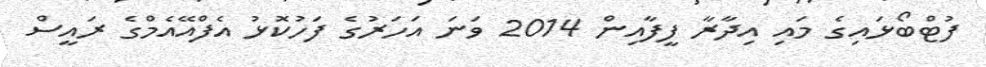
ފުޓްބޯޅައިގެ މައި އިދާރާ ފީފާއިން 2014 ވަނަ އަހަރުގެ ފަހުކޮޅު އެފްއޭއެމްގެ ރައީސް